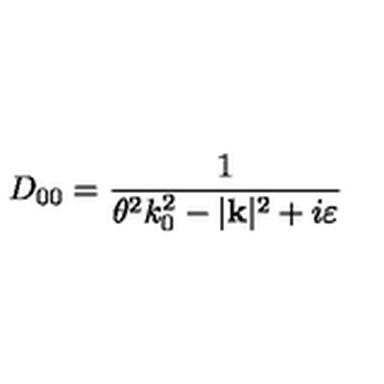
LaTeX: D _ { 0 0 } = \frac { 1 } { \theta ^ { 2 } k _ { 0 } ^ { 2 } - | \mathbf { k } | ^ { 2 } + i \varepsilon }